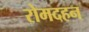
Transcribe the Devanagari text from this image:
रोमदहन